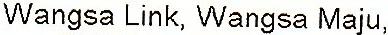
WANGSA LINK, WANGSA MAJU,